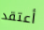
أعتقد